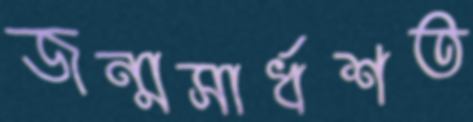
জন্মসার্ধশত